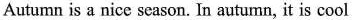
Autumn is a nice season. In autumn, it is cool